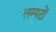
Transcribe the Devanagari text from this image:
लम्पटों